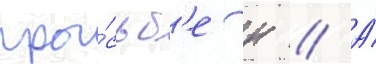
про́сьб'е н // А́